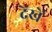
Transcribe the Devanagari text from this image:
देंखें